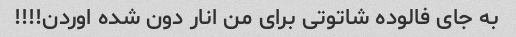
به جای فالوده شاتوتی برای من انار دون شده اوردن!!!!